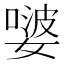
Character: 𭒕